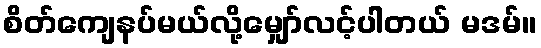
စိတ်ကျေနပ်မယ်လို့မျှော်လင့်ပါတယ် မဒမ်။